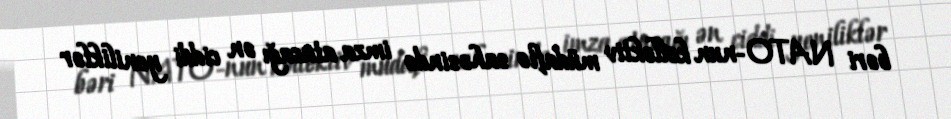
bəri NATO-nun kollektiv müdafiə sahəsində imza atacağı ən ciddi yeniliklər